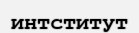
интститут